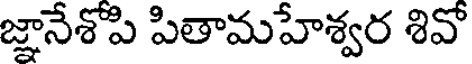
జ్ఞానేశోపి పితామహేశ్వర శివో